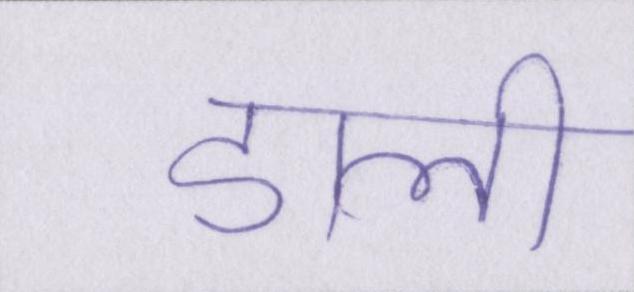
डाली